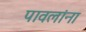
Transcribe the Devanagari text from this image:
पावलांना